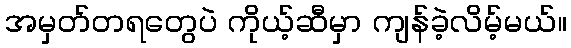
အမှတ်တရတွေပဲ ကိုယ့်ဆီမှာ ကျန်ခဲ့လိမ့်မယ်။